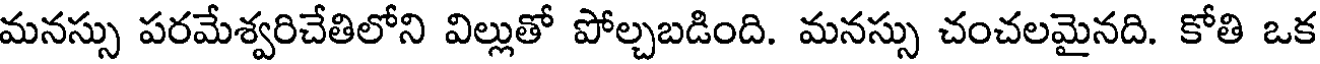
మనస్సు పరమేశ్వరిచేతిలోని విల్లుతో పోల్చబడింది. మనస్సు చంచలమైనది. కోతి ఒక